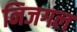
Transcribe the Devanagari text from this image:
निजगल